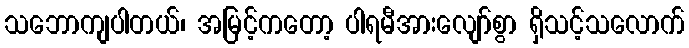
သဘောကျပါတယ်၊ အမြင့်ကတော့ ပါရမီအားလျော်စွာ ရှိသင့်သလောက်